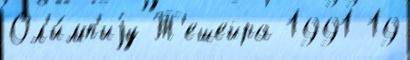
Ол'и́мп'иjу Т'ешейра 1991 19